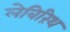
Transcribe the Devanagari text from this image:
लेबिरिंथ